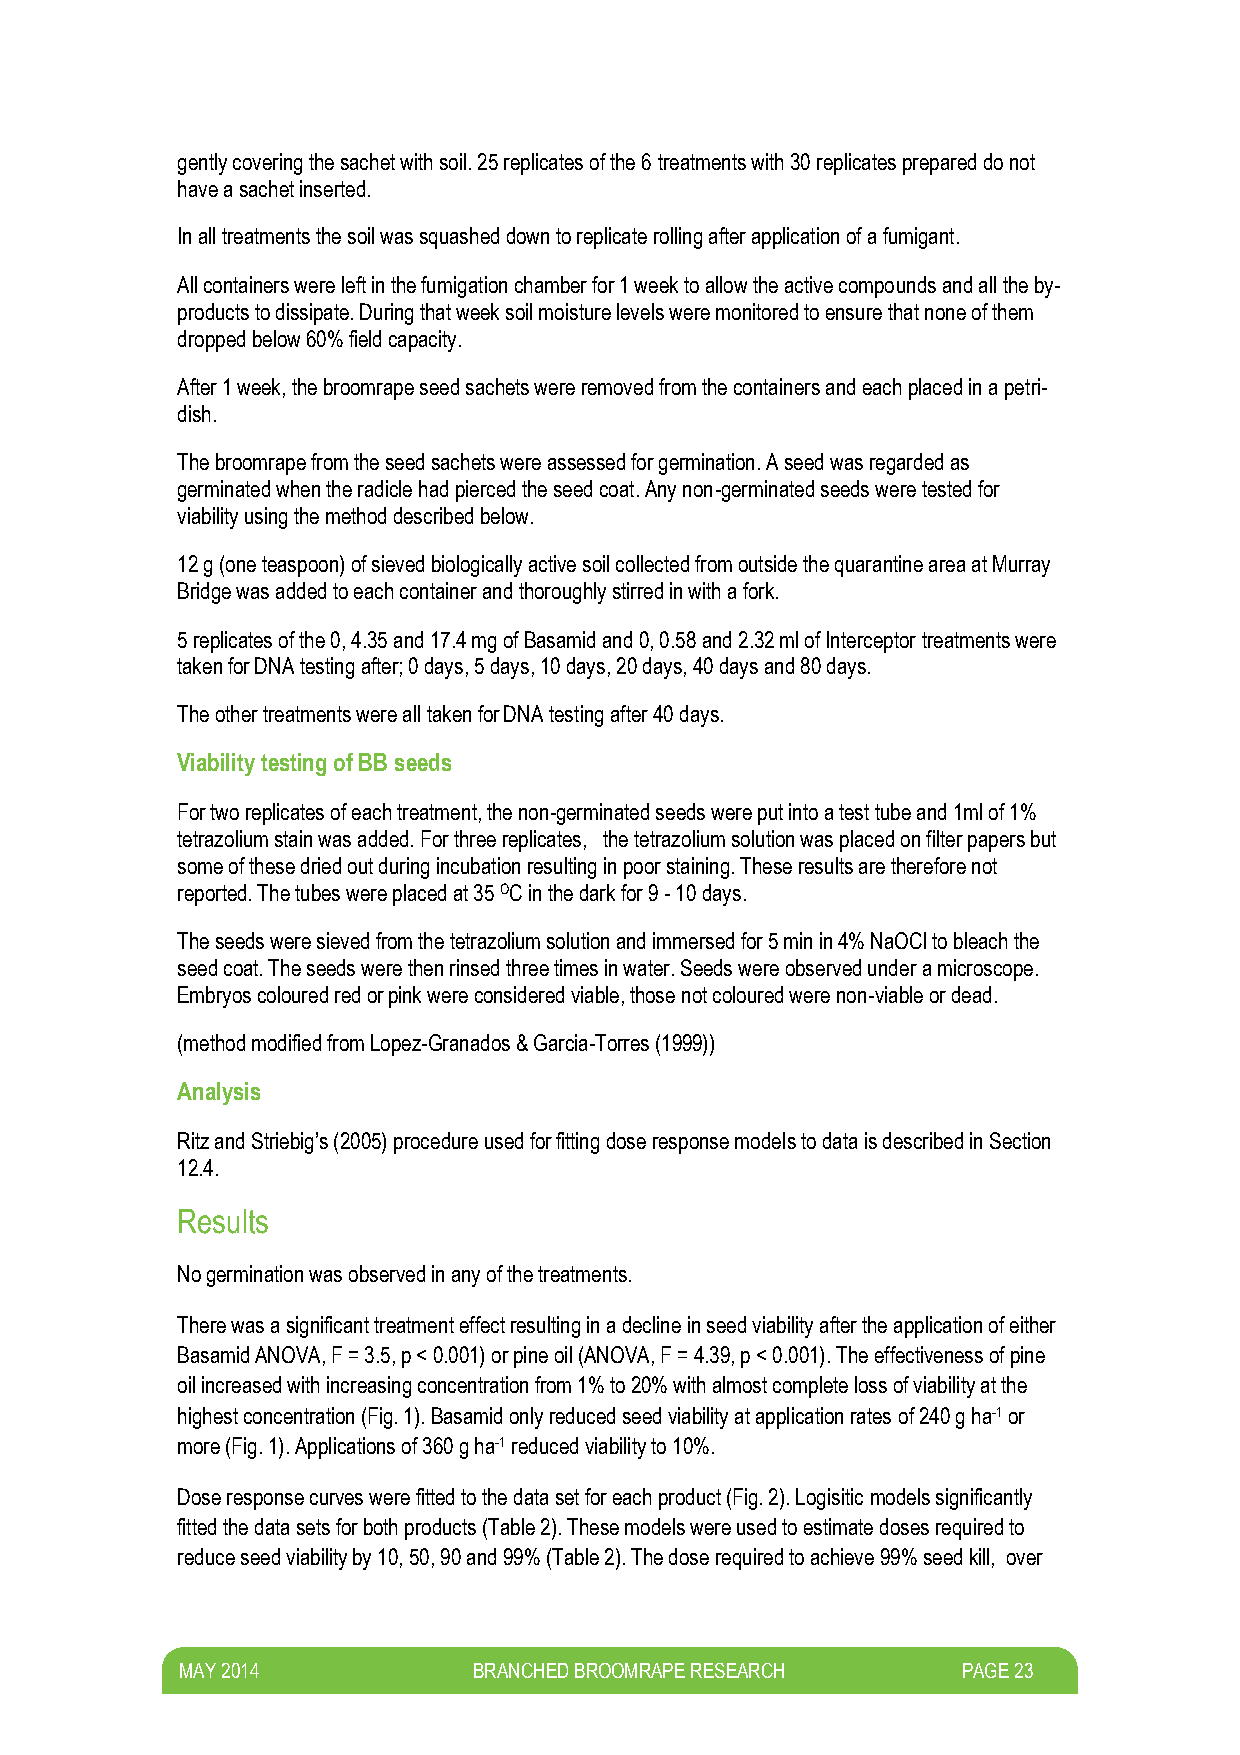
gently covering the sachet with soil. 25 replicates of the 6 treatments with 30 replicates prepared do not
 have a sachet inserted.
 In all treatments the soil was squashed down to replicate rolling after application of a fumigant.
 All containers were left in the fumigation chamber for 1 week to allow the active compounds and all the by-
 products to dissipate. During that week soil moisture levels were monitored to ensure that none of them
 dropped below 60% field capacity.
 After 1 week, the broomrape seed sachets were removed from the containers and each placed in a petri-
 dish.
 The broomrape from the seed sachets were assessed for germination. A seed was regarded as
 germinated when the radicle had pierced the seed coat. Any non-germinated seeds were tested for
 viability using the method described below.
 12 g (one teaspoon) of sieved biologically active soil collected from outside the quarantine area at Murray
 Bridge was added to each container and thoroughly stirred in with a fork.
 5 replicates of the 0, 4.35 and 17.4 mg of Basamid and 0, 0.58 and 2.32 ml of Interceptor treatments were
 taken for DNA testing after; 0 days, 5 days, 10 days, 20 days, 40 days and 80 days.
 The other treatments were all taken for DNA testing after 40 days.
 Viability testing of BB seeds
 For two replicates of each treatment, the non-germinated seeds were put into a test tube and 1ml of 1%
 tetrazolium stain was added. For three replicates, the tetrazolium solution was placed on filter papers but
 some of these dried out during incubation resulting in poor staining. These results are therefore not
 reported. The tubes were placed at 35 OC in the dark for 9 - 10 days.
 The seeds were sieved from the tetrazolium solution and immersed for 5 min in 4% NaOCl to bleach the
 seed coat. The seeds were then rinsed three times in water. Seeds were observed under a microscope.
 Embryos coloured red or pink were considered viable, those not coloured were non-viable or dead.
 (method modified from Lopez-Granados & Garcia-Torres (1999))
 Analysis
 Ritz and Striebig’s (2005) procedure used for fitting dose response models to data is described in Section
 12.4.
 Results
 No germination was observed in any of the treatments.
 There was a significant treatment effect resulting in a decline in seed viability after the application of either
 Basamid ANOVA, F = 3.5, p < 0.001) or pine oil (ANOVA, F = 4.39, p < 0.001). The effectiveness of pine
 oil increased with increasing concentration from 1% to 20% with almost complete loss of viability at the
 highest concentration (Fig. 1). Basamid only reduced seed viability at application rates of 240 g ha-1 or
 more (Fig. 1). Applications of 360 g ha-1 reduced viability to 10%.
 Dose response curves were fitted to the data set for each product (Fig. 2). Logisitic models significantly
 fitted the data sets for both products (Table 2). These models were used to estimate doses required to
 reduce seed viability by 10, 50, 90 and 99% (Table 2). The dose required to achieve 99% seed kill, over
 M AY 2014          BRANCHED BROOMRAPE RESEARCH      PAGE 23